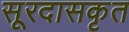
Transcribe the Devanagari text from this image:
सूरदासकृत